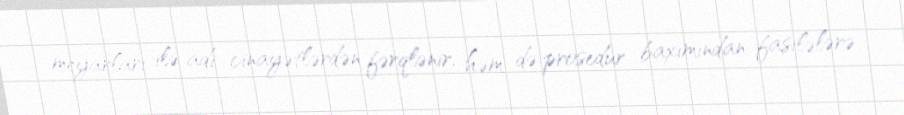
meyarları ilə adi cinayətlərdən fərqlənir, həm də prosedur baxımından fasilələrə